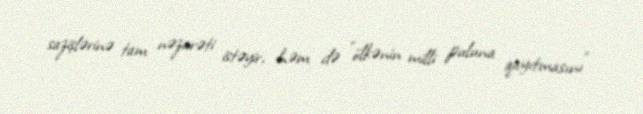
sazişlərinə tam nəzarəti istəyir, həm də "ölkənin milli puluna qayıtmasını"